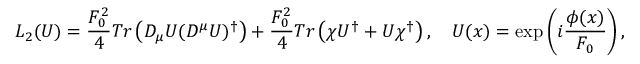
{ \cal L } _ { 2 } ( U ) = \frac { F _ { 0 } ^ { 2 } } { 4 } T r \left( D _ { \mu } U ( D ^ { \mu } U ) ^ { \dagger } \right) + \frac { F _ { 0 } ^ { 2 } } { 4 } T r \left( \chi U ^ { \dagger } + U \chi ^ { \dagger } \right) , \quad U ( x ) = \exp \left( i \frac { \phi ( x ) } { F _ { 0 } } \right) ,